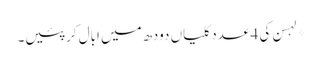
*لہسن کی 4 عدد کلیاں دودھ میں ابال کر پئیں۔